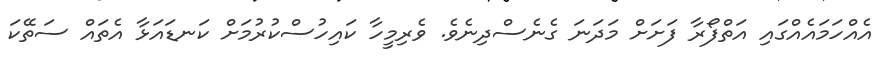
އެއްހަމައެއްގައި އަތްފޯރާ ފަށަށް މަދަނަ ގެނެސްދިނެވެ. ވެރިމީހާ ކައިހުސްކުރުމަށް ކަނޑައަޅާ އެތައް ސަތޭކަ